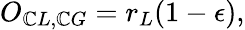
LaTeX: O_{\mathbb{C}L,\mathbb{C}G}=r_{L}(1-\epsilon),